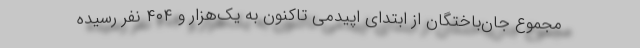
مجموع جان‌باختگان از ابتدای اپیدمی تاکنون به یک‌هزار و ۴۰۴ نفر رسیده